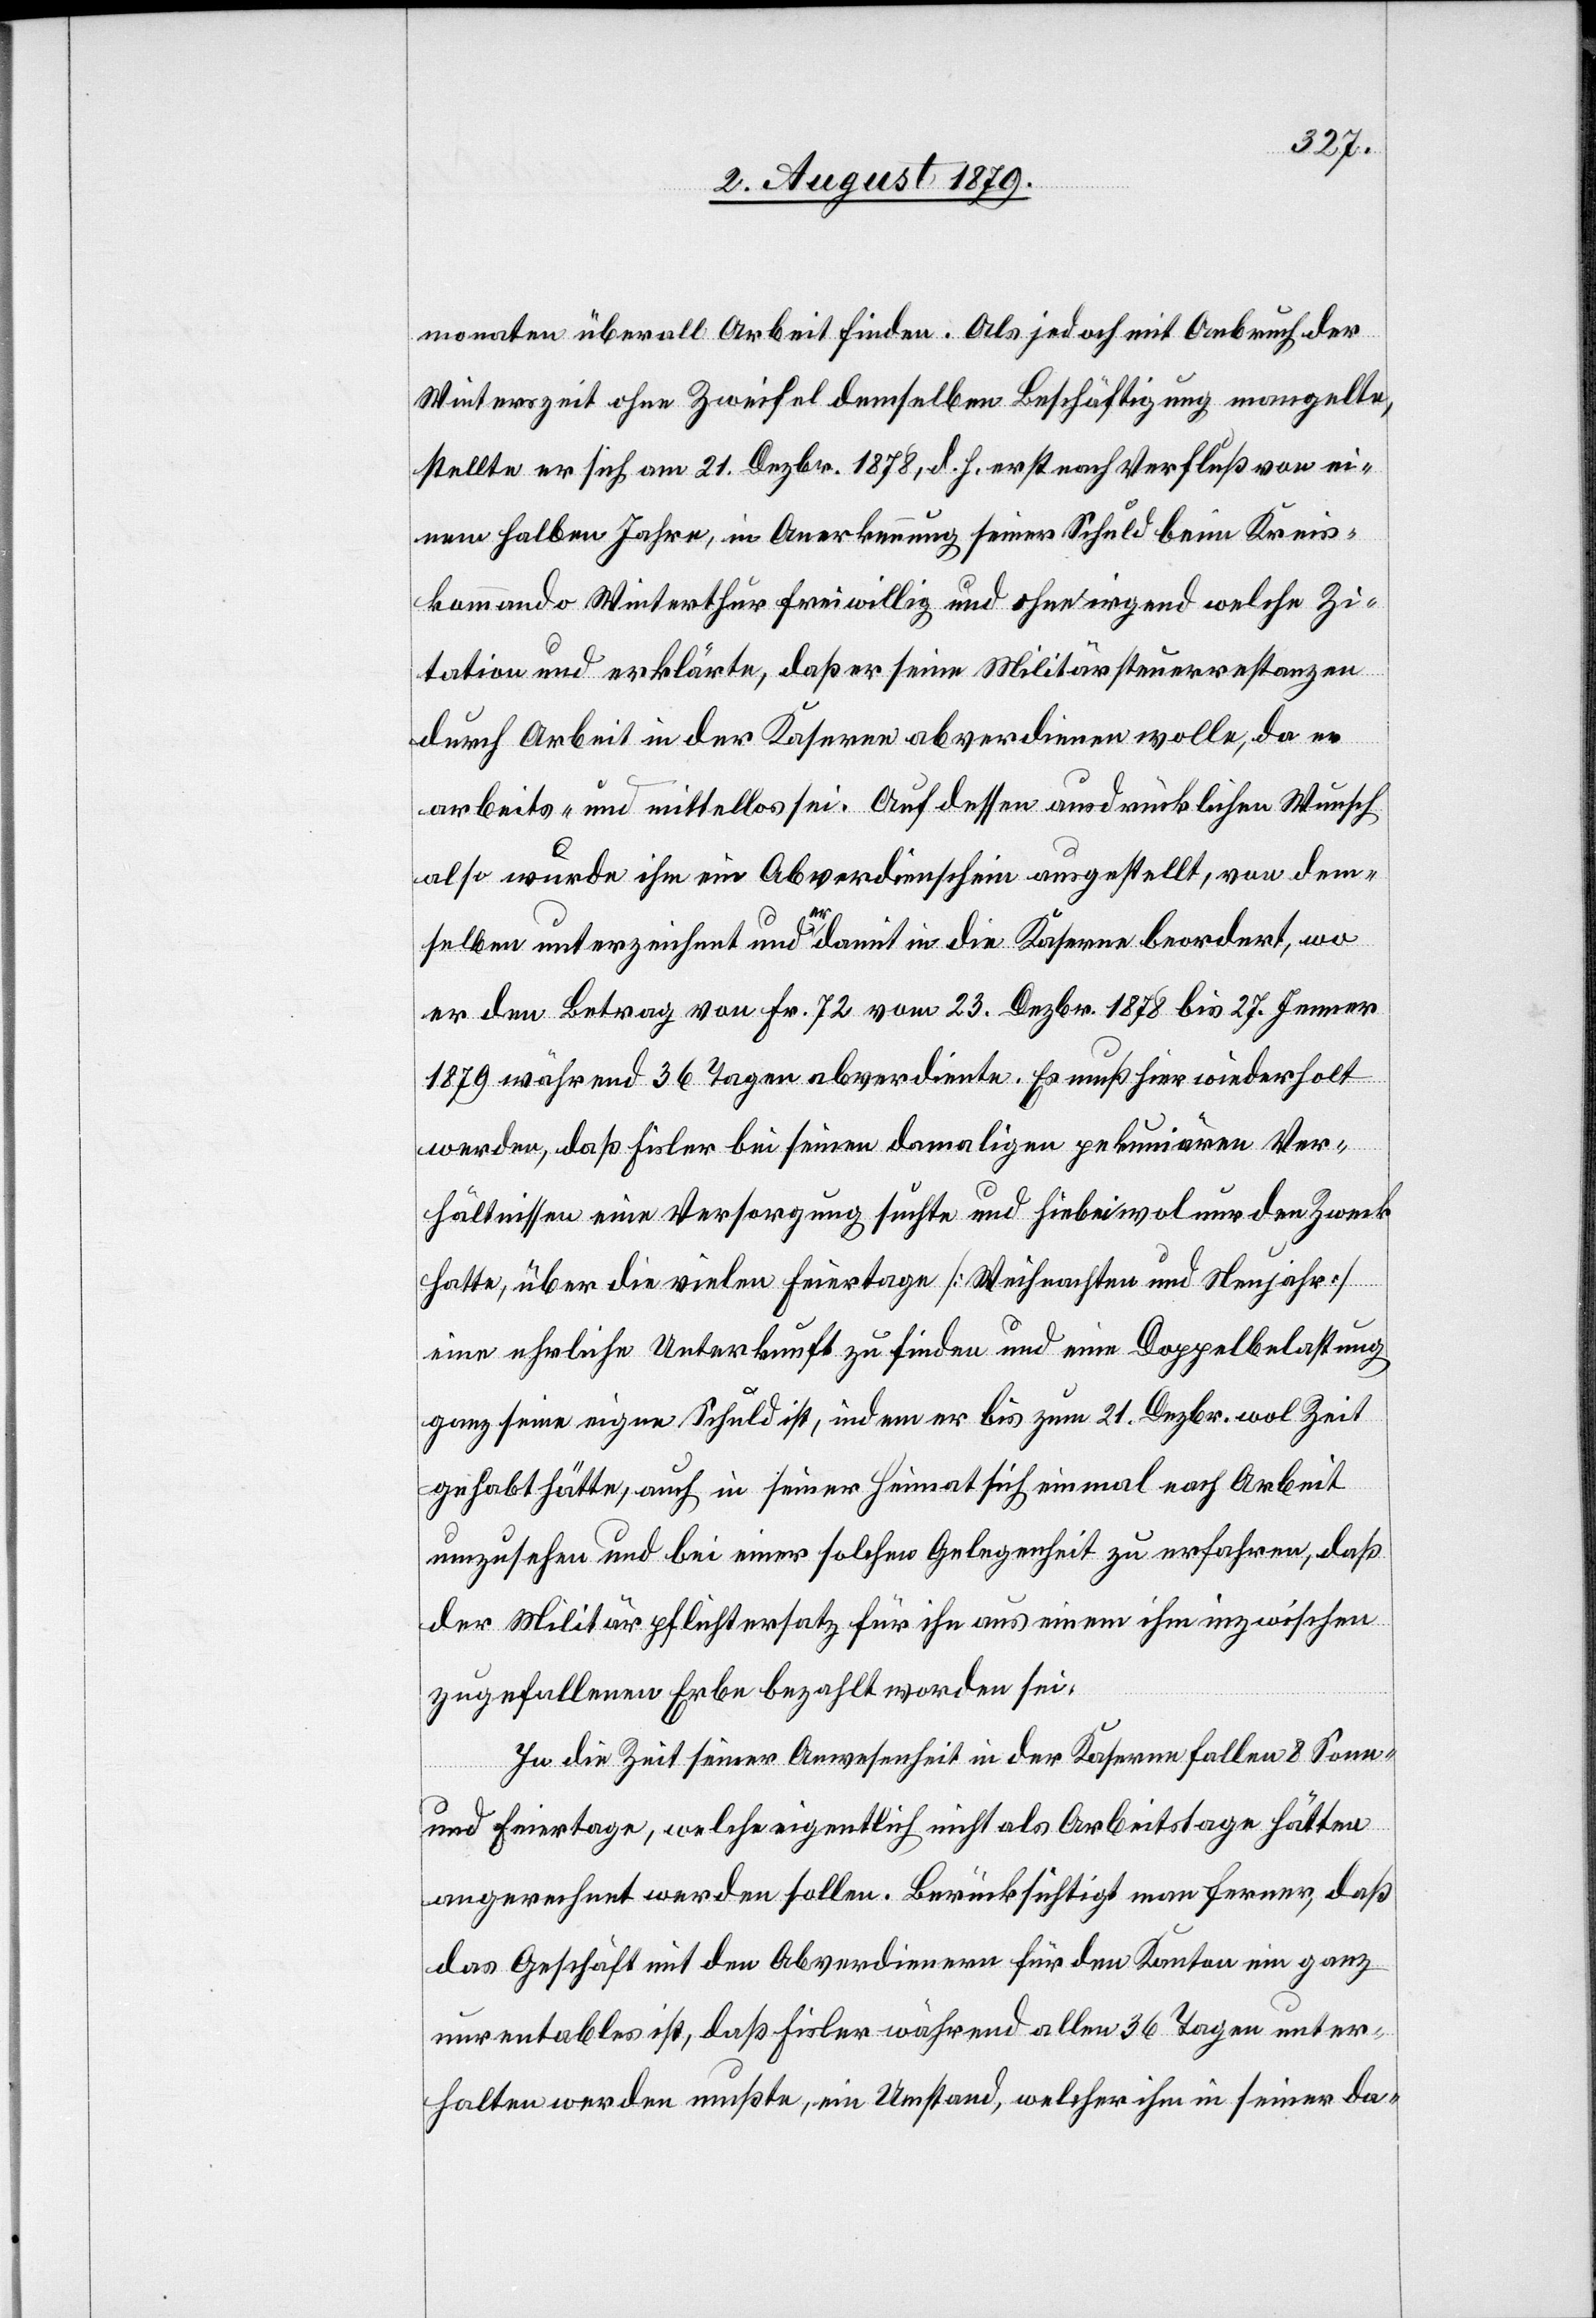
monaten überall Arbeit finden. Als jedoch mit Anbruch der
Winterzeit ohne Zweifel demselben Beschäftigung mangelte,
stellte er sich am 21. Dezbr. 1878, d. h. erst nach Verfluß von ei¬
nem halben Jahre, in Anerkennung seiner Schuld beim Kreis¬
kommando Winterthur freiwillig und ohne irgend welche Zi¬
tation und erklärte, daß er seine Militärsteuerrestanzen
durch Arbeit in der Kaserne abverdienen wolle, da er
arbeits- und mittellos sei. Auf dessen ausdrücklichen Wunsch
also wurde ihm ein Abverdienschein ausgestellt, von dem¬
selben unterzeichnet und er damit in die Kaserne beordert, wo
er den Betrag von Fr. 72 vom 23. Dezbr. 1878 bis 27. Jenner
1879 während 36 Tagen abverdiente. Es muß hier wiederholt
werden, daß Fisler bei seinen damaligen pekuniären Ver¬
hältnissen eine Versorgung suchte und hiebei wol nur den Zweck
hatte, über die vielen Feiertage [Weihnachten und Neujahr]
eine ehrliche Unterkunft zu finden und eine Doppelbelastung
ganz seine eigene Schuld ist, indem er bis zum 21. Dezbr. wol Zeit
gehabt hätte, auch in seiner Heimat sich einmal nach Arbeit
umzusehen und bei einer solchen Gelegenheit zu erfahren, daß
der Militärpflichtersatz für ihn aus einem ihm inzwischen
zugefallenen Erbe bezahlt worden sei.
In die Zeit seiner Anwesenheit in der Kaserne fallen 8 Sonn-
und Feiertage, welche eigentlich nicht als Arbeitstage hätten
angerechnet werden sollen. Berücksichtigt man ferner, daß
das Geschäft mit den Abverdienern für den Kanton ein ganz
unrentables ist, daß Fisler während allen 36 Tagen unter¬
halten werden mußte, ein Umstand, welcher ihm in seiner da-